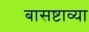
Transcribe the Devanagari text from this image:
बासष्टाव्या